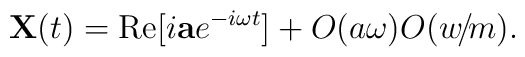
{\bf X}(t)={\rm Re}[i{\bf a}e^{-i\omega t}] + O(a\omega)O(w\!/\!m).